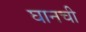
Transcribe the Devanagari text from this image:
घानची